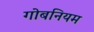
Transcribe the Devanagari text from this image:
गोबनियम